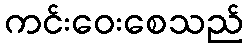
ကင်းဝေးစေသည်